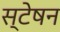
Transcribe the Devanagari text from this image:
स्टेषन